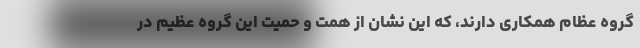
گروه عظام همکاری دارند، که این نشان از همت و حمیت این گروه عظیم در